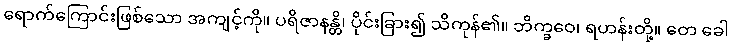
ရောက်ကြောင်းဖြစ်သော အကျင့်ကို။ ပရိဇာနန္တိ၊ ပိုင်းခြား၍ သိကုန်၏။ ဘိက္ခဝေ၊ ရဟန်းတို့။ တေ ခေါ